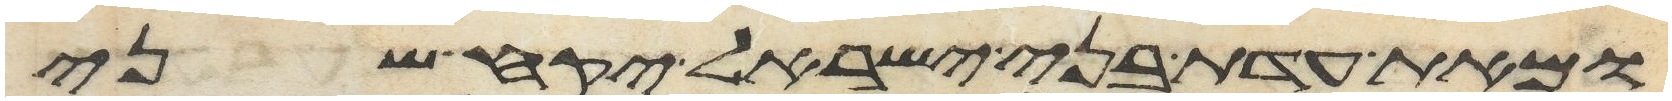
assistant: ומאת עדת בני ישראל יקח שני